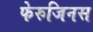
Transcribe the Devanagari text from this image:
फेरुजिनस